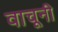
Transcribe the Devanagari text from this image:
वाचूनी